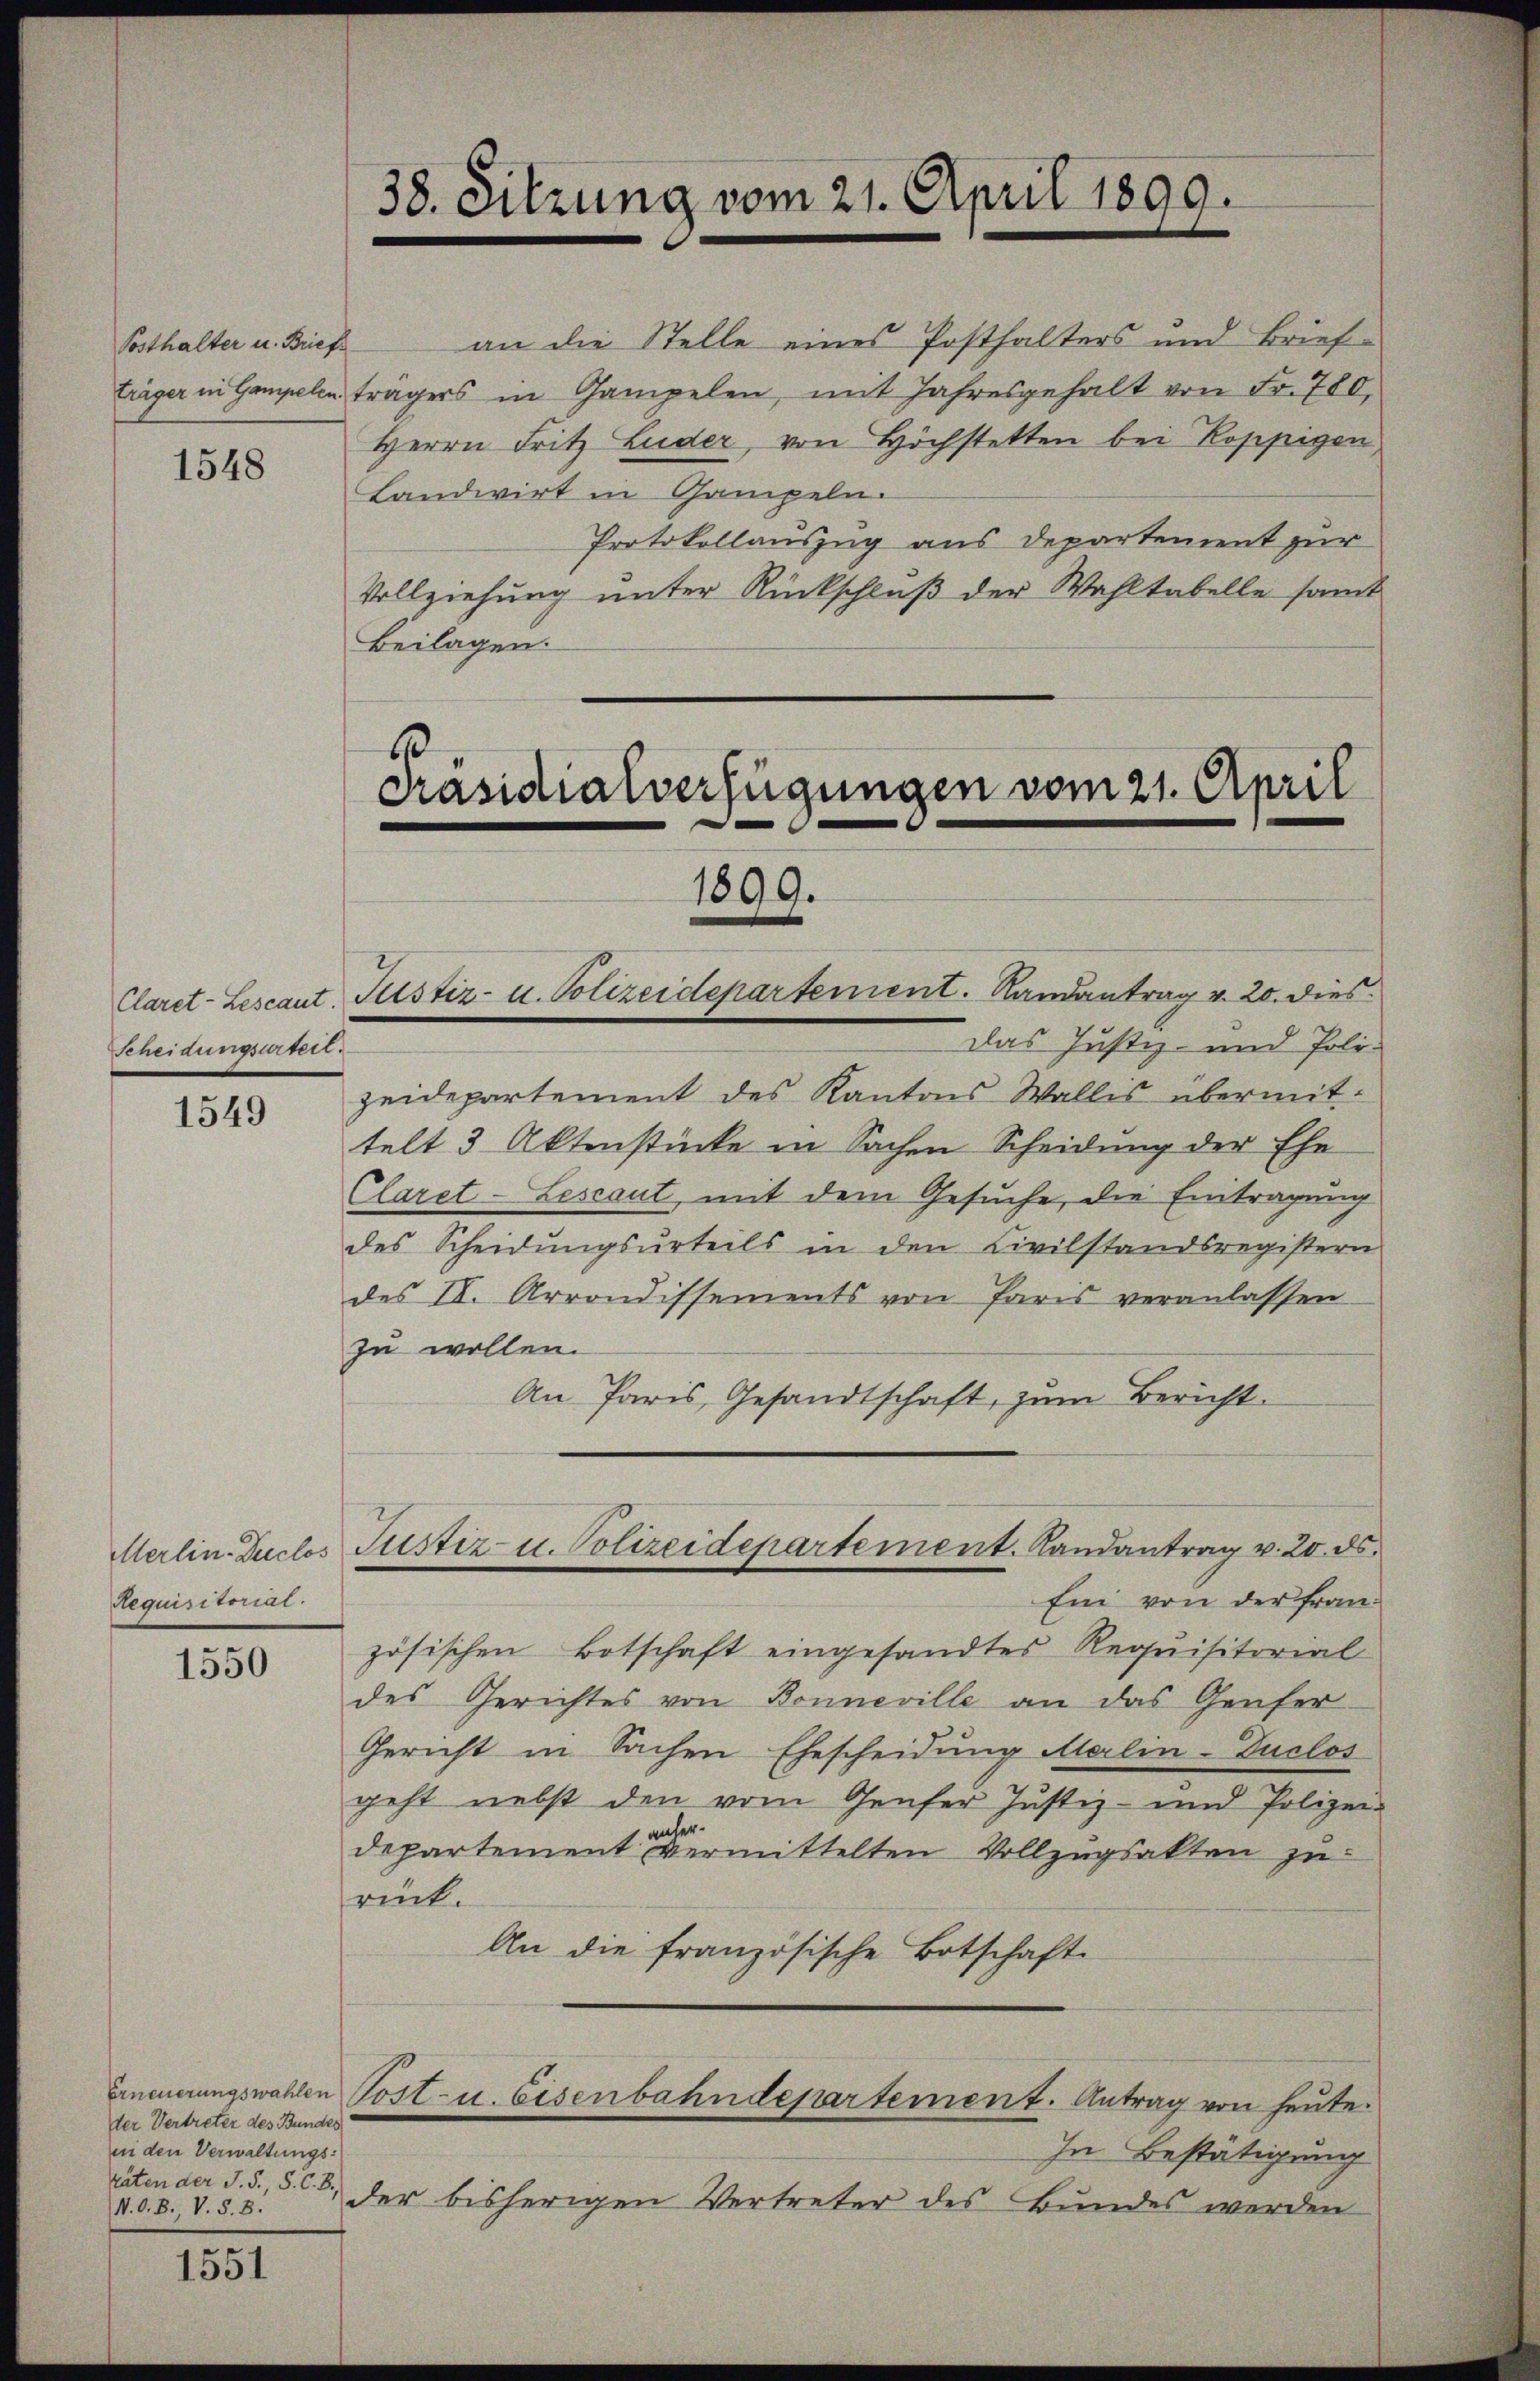
Posthalter u. Briefs

1548

Scheidungsurtert.

1549

Requisitorial.

1550

der Vertreter des Bundes
inn den Verwaltungs-
räten der J. F., S. C. 8.
V. O. B. V. §. 8.

1551

träger in Gampelen trägers in Gampelen, mit Jahresgehalt von Fr. 780.
Herrn Fritz Luder, von Höchstetten bei Koppigen
Landwirt in Gampeln.
Vollziehung unter Rückschluß der Wahltabelle samt
Beilagen.

38. Sitzung vom 21. April 1899.

Präsidialverfügungen vom 21. April
1899.
Claret-Lescant, Pustiz- u. Polizeidepartement. Randantrag v. 20. dies

Merlin. Ducles Justiz- u. Polizeidepartement. Landantrag v. 20. ds.

an die Stelle eines Posthalters und Brief¬
Protokollauszug aus Departement zur

das Justiz- und Poli-
zeidepartement des Kantons Wallis übermittelt 3 Aktenstücke in Sachen Scheidung der Ehe
Claret-Leseaut, mit dem Gesuche, die Eintragung
des Scheidungsurteils in den Civilstandsregistern
des II. Arrondissements von Paris veranlassen
zu wollen.
An Paris, Gesandtschaft, zum Bericht.
Ein von der Französischen Botschaft eingesandtes Requisitorial
des Gerichtes von Bonneville an das Genfer
Gericht in Sachen Ehescheidung Marlin-Tuclos
geht nebst den vom Genfer Justiz- und Polizei-
er.
departement vermittelten Vollzugsakten zurück.
An die französische Botschaft
Erneuerungswahlen Post- u. Eisenbahndepartement. Antrag von heute.
In Bestätigung
der bisherigen Vertreter des Bundes werden